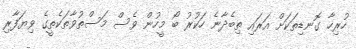
ހުރިހާ ގޮނޑިތަކަށް އަރައި ތިބެދާނެ ހަކުރު ބޯ މީހުން ވެސް މަސްތުވާތަކެތީގެ ވިޔަފާރި